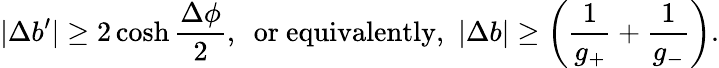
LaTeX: |\Delta b^{\prime}|\ge 2\cosh{\frac{\Delta\phi}{2}},~~\mathrm{or~equivalently,}~~|\Delta b|\ge\left(\frac{1}{g_{+}}+\frac{1}{g_{-}}\right).